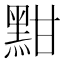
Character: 黚